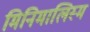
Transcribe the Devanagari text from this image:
मिनिमालिस्म